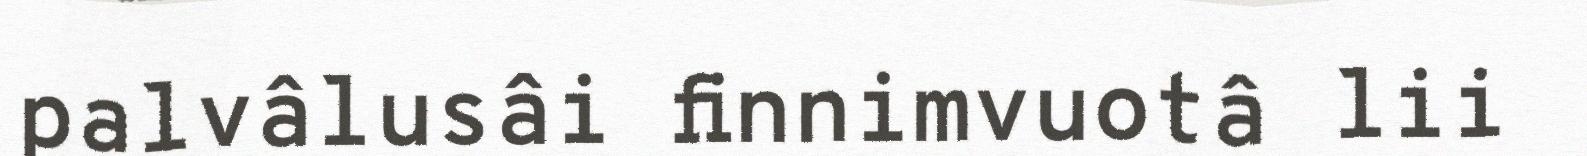
palvâlusâi finnimvuotâ lii